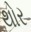
થોર